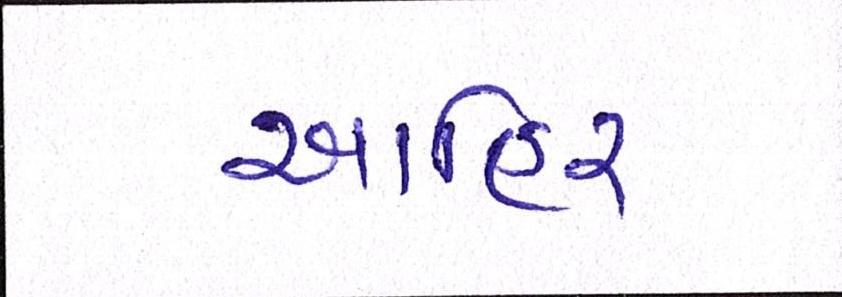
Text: આહિર